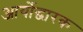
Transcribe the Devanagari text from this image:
आर्योद्धारक